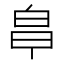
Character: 𭽒